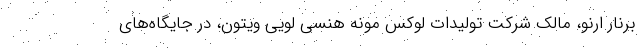
برنار ارنو، مالک شرکت تولیدات لوکس مونه هنسی لویی ویتون، در جایگاه‌های